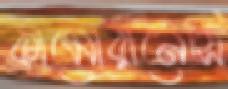
কামোরানেসি